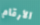
الأرقام